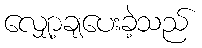
လျှော့ချပေးခဲ့သည်